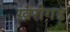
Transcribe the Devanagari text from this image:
खैरीगढ़